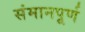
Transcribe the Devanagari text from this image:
संमानपूर्ण